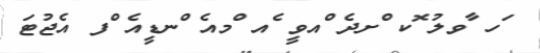
ަހ ާވލު ޮކ ްށދެ ްއވީ ެއ ްމއެ ްނޑީއެ ްފ އެޖުޓަ